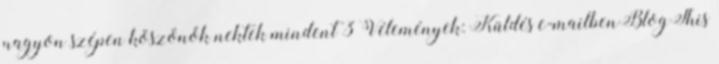
nagyon szépen köszönők nektek mindent 3 Vélemények: Küldés e-mailbenBlogThis